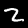
Digit: 2